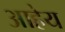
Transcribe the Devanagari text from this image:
आहेय